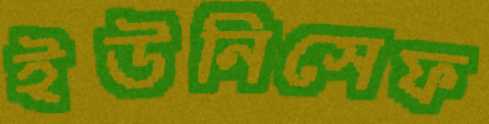
ইউনিসেফ